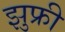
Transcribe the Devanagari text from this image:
झुफ्री